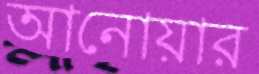
আনোয়ার